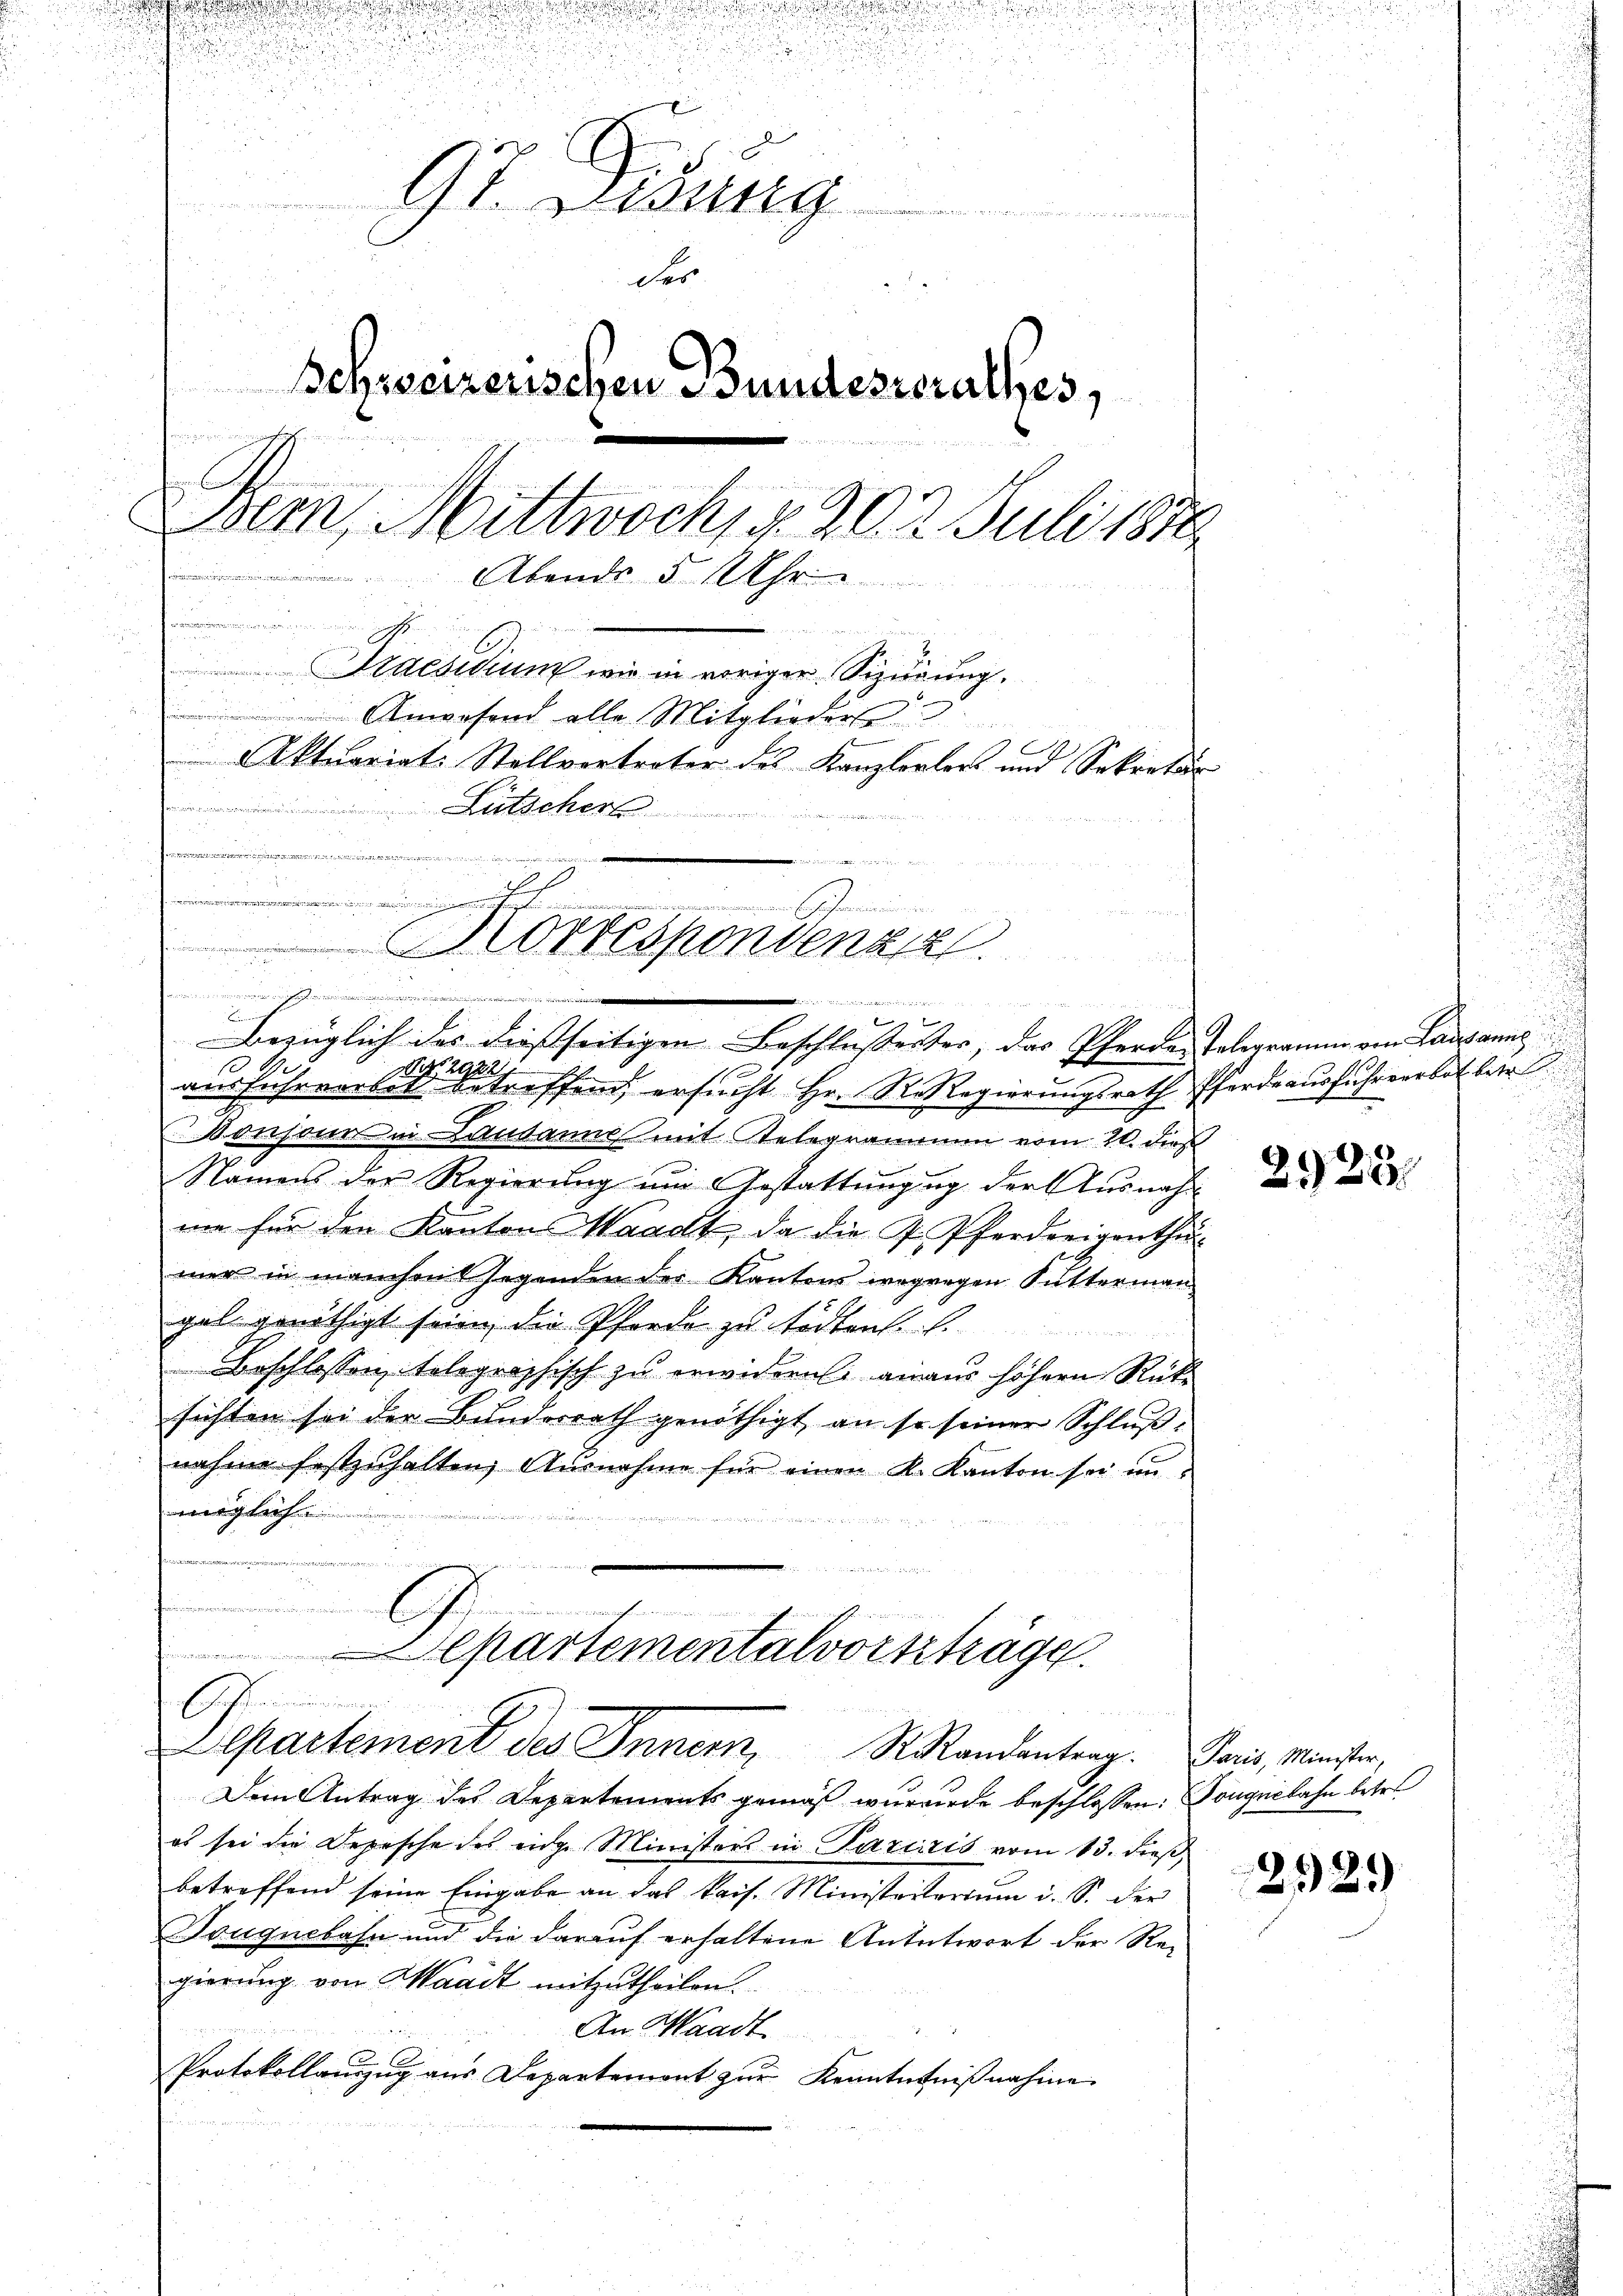
der

.

2

5
.

.
der
Schweizerischen Bundesserathes,

A
Bern, Mittwockig. 20. 2. Juli 1878
e
2 x
Abends 5 Uhr
n
t

Praesidium wie in voriger Sizirung.

Anwesend alle Mitglieders
E
Aktuariat-Stellvortreter des Kanzlerlers und Sekretär
 Lütscher
x

u
.
 14
Correspondenza.
t

merie diesen hier dieser sein und in der einer bei der den werden werde

 8
e
g
Bezüglich des diesseitigen Beschlusserter, das Pfarrer Telegerin von Lausanne
 M.
2922

ausfuhrverbitt betreffend, ersucht Hr. R. Regierungsrath Pferdeausfuhrverbot ber
Conson in Landann mit Telegrammen vom 21. dies
Namen der Regierung um Gestattungung der Ausnahm
nn für den Kanton Waadt, da die P. Pferdreigenthumer in manchen segenden der Kantons wegregen Sutterman
gel genöthigt seien, die Pferde zu tödten.

Beschlossen, telegraphisch zu erwidern einaus höhern Rücksichten sei der Bunderrath genöthigt, an so seiner Schlußnahme festzuhalten, Ausnahme für einen K. Kanton sei unwegliche

uerdites
e
cimen nach

Separtementalvorstrage
ehenden
Separtement des Innern, S. Randantrag. Paris, Minister,

Dem Antrag des Departements gemäß wurde beschlossen: Souguibahn betre
es sei die Depesche des einge Ministers in Pareiris vom 13. dieß,
betreffend seine Eingabe an das kais. Ministeterium i. S. der
Tougnebahn und die darauf erhaltene Antntwort der Re-
gierung von Waadt mitzutheilen.
An Waadt
Protokollanzzug aus Departement zŭr Kenntntniβnahme

2925

2529